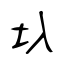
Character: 圦